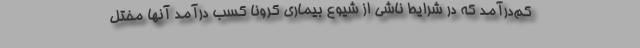
کم‌درآمد که در شرایط ناشی از شیوع بیماری کرونا کسب درآمد آنها مختل